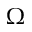
\Omega